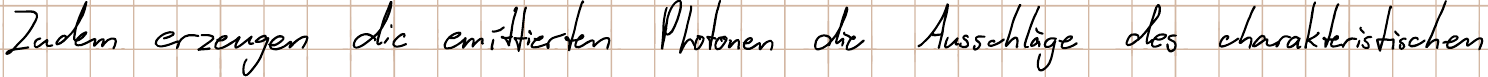
Zudem erzeugen die emittierten Photonen die Ausschläge des charakteristischen